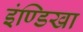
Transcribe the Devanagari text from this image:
इंण्डिखा